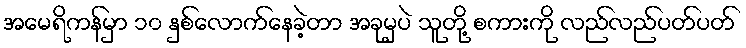
အမေရိကန်မှာ ၁၀ နှစ်လောက်နေခဲ့တာ အခုမှပဲ သူတို့ စကားကို လည်လည်ပတ်ပတ်